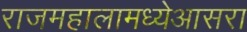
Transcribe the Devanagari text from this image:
राजमहालामध्येआसरा